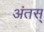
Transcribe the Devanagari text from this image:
अंतस्‌